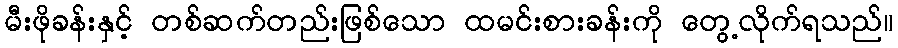
မီးဖိုခန်းနှင့် တစ်ဆက်တည်းဖြစ်သော ထမင်းစားခန်းကို တွေ့လိုက်ရသည်။